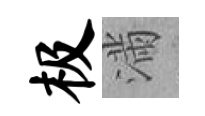
极滿